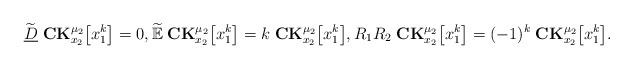
LaTeX: \begin{align*} \widetilde{\underline{D}}\;\mathbf{CK}_{x_2}^{\mu_2}\big[x_1^{k}\big]=0,\widetilde{\mathbb{E}}\;\mathbf{CK}_{x_2}^{\mu_2}\big[x_1^{k}\big]=k \;\mathbf{CK}_{x_2}^{\mu_2}\big[x_1^{k}\big],R_1R_2 \;\mathbf{CK}_{x_2}^{\mu_2}\big[x_1^{k}\big]=(-1)^{k}\;\mathbf{CK}_{x_2}^{\mu_2}\big[x_1^{k}\big].\end{align*}